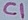
Text: C1